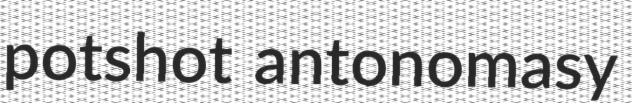
potshot antonomasy